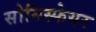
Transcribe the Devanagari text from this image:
सोनिस्फेयर